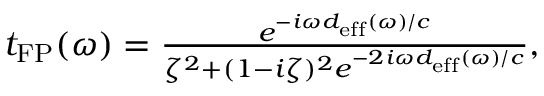
\begin{array} { r } { t _ { \mathrm { F P } } ( \omega ) = \frac { e ^ { - i \omega d _ { \mathrm { e f f } } ( \omega ) / c } } { \zeta ^ { 2 } + ( 1 - i \zeta ) ^ { 2 } e ^ { - 2 i \omega d _ { \mathrm { e f f } } ( \omega ) / c } } , } \end{array}